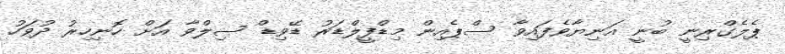
ޕެލެގްރިނީ ބުނީ އަނިޔާވެފައިވާ ސްޕެއިން މިޑްފީލްޑަރު ޑޭވިޑް ސިލްވާ އަށް ހޮނިހިރު ދުވަހު